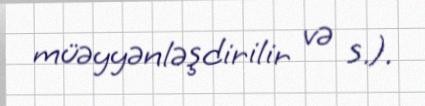
müəyyənləşdirilir və s.).